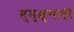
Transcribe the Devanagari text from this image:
मुमुक्षुंसाठी